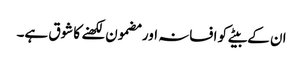
ان کے بیٹے کو افسانہ اور مضمون لکھنے کا شوق ہے۔